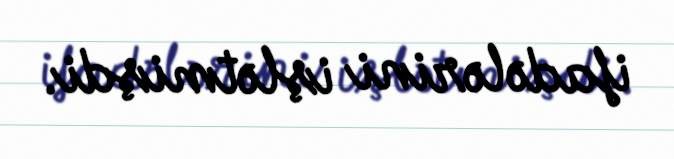
ifadələrini işlətmişdi.